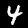
Digit: 4